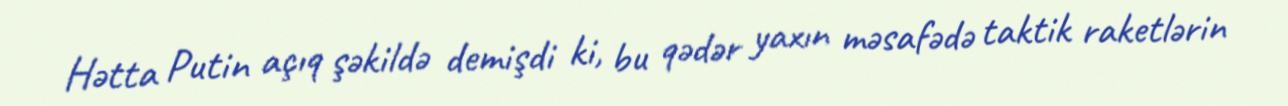
Hətta Putin açıq şəkildə demişdi ki, bu qədər yaxın məsafədə taktik raketlərin